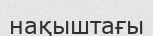
нақыштағы